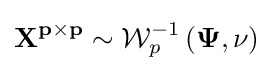
\mathbf {X^{p\times p}} \sim {\mathcal {W}}_{p}^{-1}\left({\mathbf {\Psi } },\nu \right)